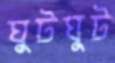
ঘুটঘুট